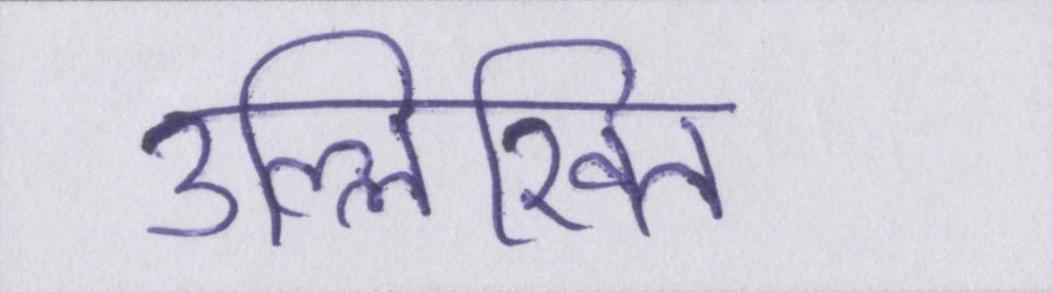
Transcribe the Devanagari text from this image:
उल्लिखित